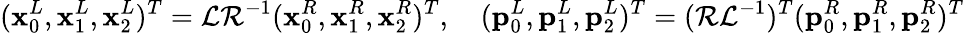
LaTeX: (\mathbf{x}_{0}^{L},\mathbf{x}_{1}^{L},\mathbf{x}_{2}^{L})^{T}=\mathcal L\mathcal R^{-1}(\mathbf{x}_{0}^{R},\mathbf{x}_{1}^{R},\mathbf{x}_{2}^{R})^{T},\quad(\mathbf{p}_{0}^{L},\mathbf{p}_{1}^{L},\mathbf{p}_{2}^{L})^{T}=(\mathcal R\mathcal L^{-1})^{T}(\mathbf{p}_{0}^{R},\mathbf{p}_{1}^{R},\mathbf{p}_{2}^{R})^{T}